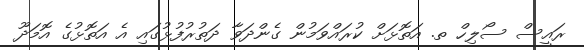
ރައީސް ސޯލިހް ތ. އަތޮޅަށް ކުރައްވަމުން ގެންދަވާ ދަތުރުފުޅުގައި އެ އަތޮޅުގެ އޮމަދޫ